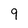
Character: 9